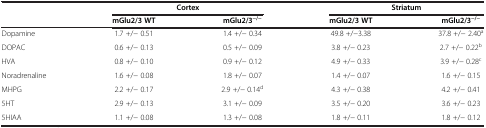
<table><thead><tr><td><b> </b></td><td colspan="2"><b>Cortex</b></td><td colspan="2"><b>Striatum</b></td></tr><tr><td><b> </b></td><td><b>mGlu2/3 WT</b></td><td><b>mGlu2/3<sup>−/−</sup></b></td><td><b>mGlu2/3 WT</b></td><td><b>mGlu2/3<sup>−/−</sup></b></td></tr></thead><tbody><tr><td>Dopamine</td><td>1.7 +/− 0.51</td><td>1.4 +/− 0.34</td><td>49.8 +/−3.38</td><td>37.8 +/− 2.40<sup>a</sup></td></tr><tr><td>DOPAC</td><td>0.6 +/− 0.13</td><td>0.5 +/− 0.09</td><td>3.8 +/− 0.23</td><td>2.7 +/− 0.22<sup>b</sup></td></tr><tr><td>HVA</td><td>0.8 +/− 0.10</td><td>0.9 +/− 0.12</td><td>4.9 +/− 0.33</td><td>3.9 +/− 0.28<sup>c</sup></td></tr><tr><td>Noradrenaline</td><td>1.6 +/− 0.08</td><td>1.8 +/− 0.07</td><td>1.4 +/− 0.07</td><td>1.6 +/− 0.15</td></tr><tr><td>MHPG</td><td>2.2 +/− 0.17</td><td>2.9 +/− 0.14<sup>d</sup></td><td>4.3 +/− 0.38</td><td>4.2 +/− 0.41</td></tr><tr><td>5HT</td><td>2.9 +/− 0.13</td><td>3.1 +/− 0.09</td><td>3.5 +/− 0.20</td><td>3.6 +/− 0.23</td></tr><tr><td>5HIAA</td><td>1.1 +/− 0.08</td><td>1.3 +/− 0.08</td><td>1.8 +/− 0.11</td><td>1.8 +/− 0.12</td></tr></tbody></table>